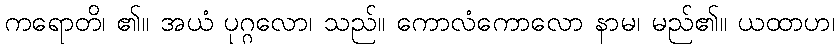
ကရောတိ၊ ၏။ အယံ ပုဂ္ဂလော၊ သည်။ ကောလံကောလော နာမ၊ မည်၏။ ယထာဟ၊